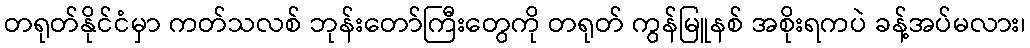
တရုတ်နိုင်ငံမှာ ကတ်သလစ် ဘုန်းတော်ကြီးတွေကို တရုတ် ကွန်မြူနစ် အစိုးရကပဲ ခန့်အပ်မလား၊